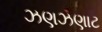
ઝણઝણાટ